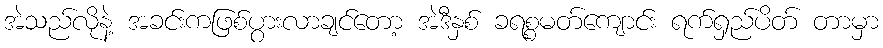
အဲသည်လိုနဲ့ အခင်းကဖြစ်ပွားလာချင်တော့ အဲဒီနှစ် ခရစ္စမတ်ကျောင်း ရက်ရှည်ပိတ် တာမှာ